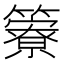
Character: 𥶣